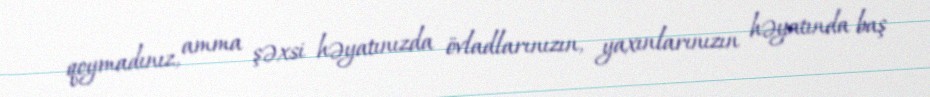
qoymadınız, amma şəxsi həyatınızda övladlarınızın, yaxınlarınızın həyatında baş